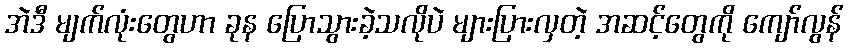
အဲဒီ မျက်လုံးတွေဟာ ခုန ပြောသွားခဲ့သလိုပဲ များပြားလှတဲ့ အဆင့်တွေကို ကျော်လွန်